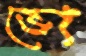
ভো